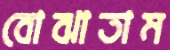
বোঝাতাম